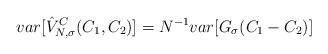
LaTeX: \begin{align*}var[\hat{V}^C_{N,\sigma}(C_1,C_2) ] = N^{-1} var[G_{\sigma}(C_1 - C_2)]\end{align*}